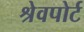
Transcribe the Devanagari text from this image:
श्रेवपोर्ट